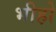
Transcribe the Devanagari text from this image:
भीहो